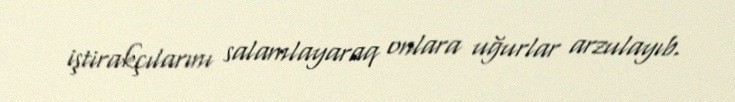
iştirakçılarını salamlayaraq onlara uğurlar arzulayıb.